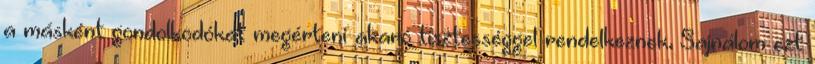
a másként gondolkodókat megérteni akaró tisztességgel rendelkeznek. Sajnálom ezt